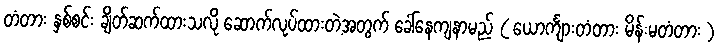
တံတား နှစ်စင်း ချိတ်ဆက်ထားသလို ဆောက်လုပ်ထားတဲ့အတွက် ခေါ်နေကျနာမည် ( ယောင်္ကျားတံတား မိန်းမတံတား )